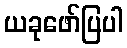
ယခုဖော်ပြပါ